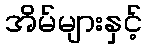
အိမ်များနှင့်